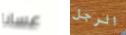
عسانا الرجل